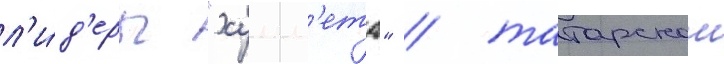
л'и́д'еры "хумм'ета" / татарскои